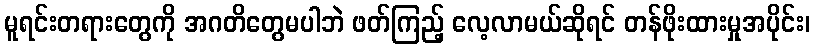
မူရင်းတရားတွေကို အဂတိတွေမပါဘဲ ဖတ်ကြည့် လေ့လာမယ်ဆိုရင် တန်ဖိုးထားမှုအပိုင်း၊